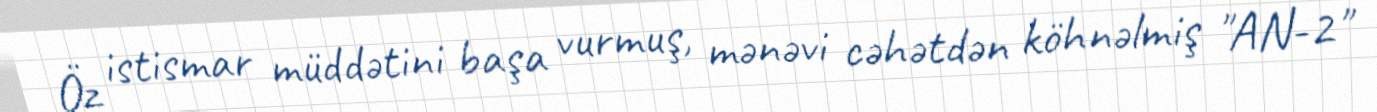
Öz istismar müddətini başa vurmuş, mənəvi cəhətdən köhnəlmiş "AN-2"